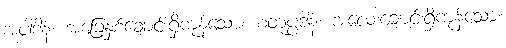
အပါဒါနံ၊ အခြေနှစ်ချောင်းရှိကုန်သော။ စတုပ္ပဒါနံ၊ အလေးချောင်းရှိကုန်သော။